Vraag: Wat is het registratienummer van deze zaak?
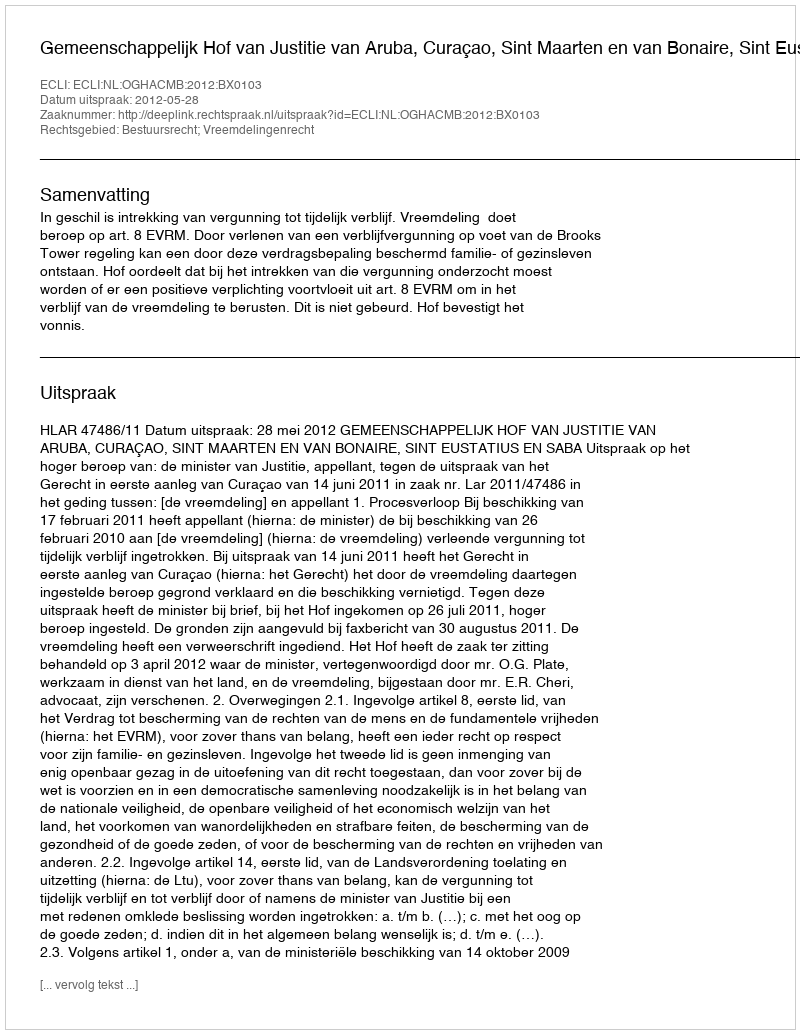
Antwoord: http://deeplink.rechtspraak.nl/uitspraak?id=ECLI:NL:OGHACMB:2012:BX0103